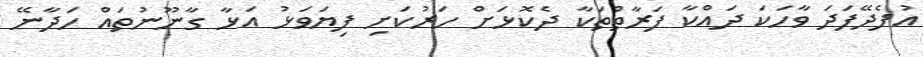
އުފެދޭފަދަ ވާހަކަ ދައްކާ ފަރާތްތަކާ ދެކޮޅަށް ހަރުކަށި ފިޔަވަޅު އަޅާ ގާނޫނުތައް ހަދާނޭ